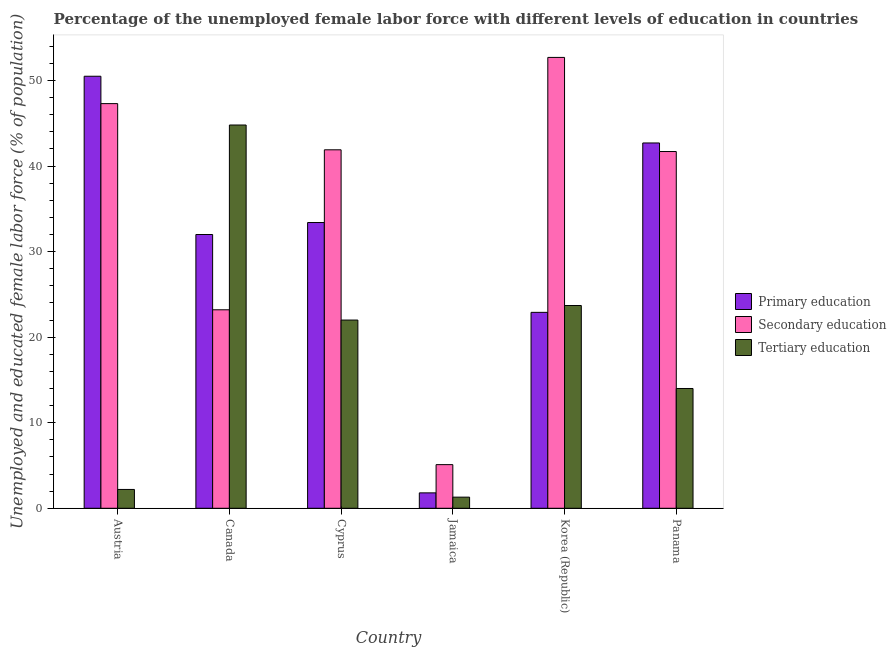
| Country | Primary education | Secondary education | Tertiary education |
 | --- | --- | --- | --- |
 | Austria | 50.5 | 47.3 | 2.2 |
 | Canada | 32 | 23.2 | 44.8 |
 | Cyprus | 33.4 | 41.9 | 22 |
 | Jamaica | 1.8 | 5.1 | 1.3 |
 | Korea (Republic) | 22.9 | 52.7 | 23.7 |
 | Panama | 42.7 | 41.7 | 14 |